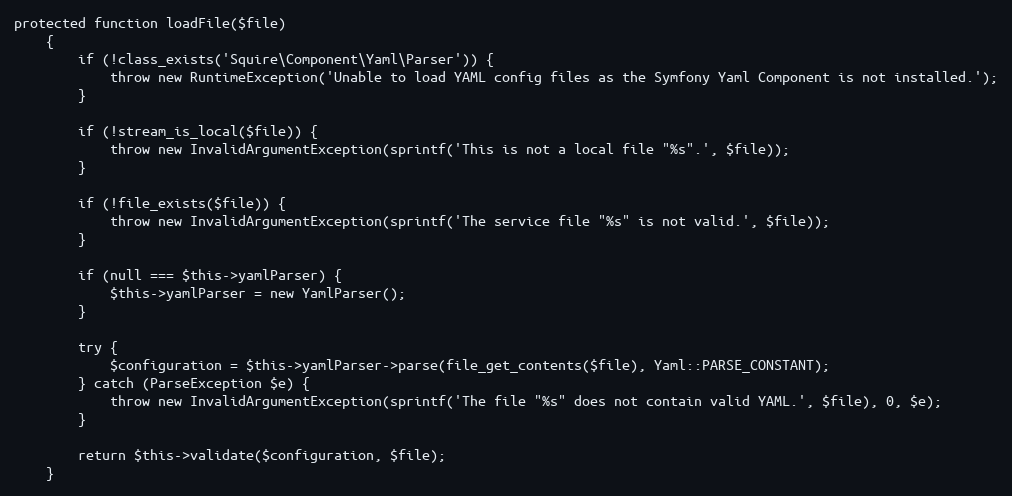
Language: PHP
protected function loadFile($file)
    {
        if (!class_exists('Squire\Component\Yaml\Parser')) {
            throw new RuntimeException('Unable to load YAML config files as the Symfony Yaml Component is not installed.');
        }

        if (!stream_is_local($file)) {
            throw new InvalidArgumentException(sprintf('This is not a local file "%s".', $file));
        }

        if (!file_exists($file)) {
            throw new InvalidArgumentException(sprintf('The service file "%s" is not valid.', $file));
        }

        if (null === $this->yamlParser) {
            $this->yamlParser = new YamlParser();
        }

        try {
            $configuration = $this->yamlParser->parse(file_get_contents($file), Yaml::PARSE_CONSTANT);
        } catch (ParseException $e) {
            throw new InvalidArgumentException(sprintf('The file "%s" does not contain valid YAML.', $file), 0, $e);
        }

        return $this->validate($configuration, $file);
    }